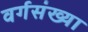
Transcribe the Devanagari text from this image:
वर्गसंख्या